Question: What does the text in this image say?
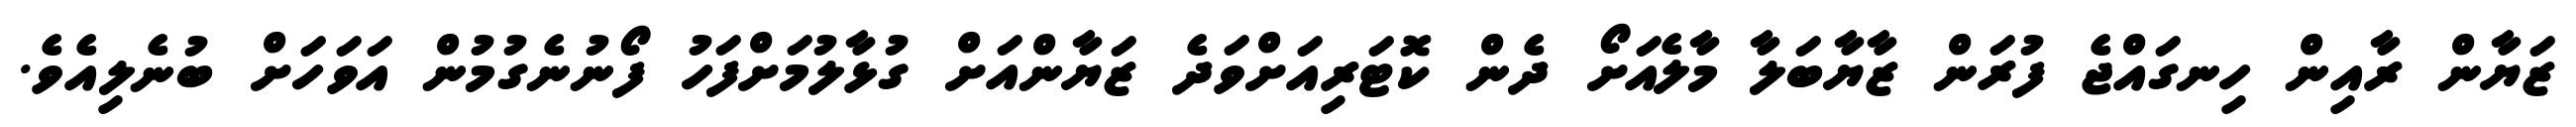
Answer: ޒަޔާން ރާއިން ހިނގައްޖެ ފުރަން ޒާޔާބަލާ މާލެއަށޯ ދެން ކޮޓަރިއަށްވަދެ ޒަޔާންއަށް ގުޅާލުމަށްފަހު ފޯނުނެގުމުން އަވަހަށް ބުނެލިއެވެ.